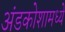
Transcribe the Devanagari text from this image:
अंडकोशामध्ये